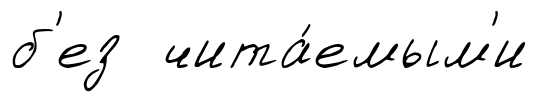
б'ез чита́емым'и